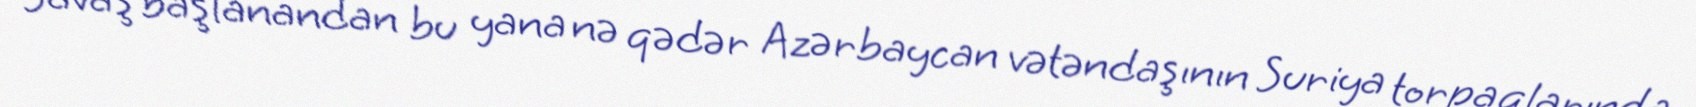
Savaş başlanandan bu yana nə qədər Azərbaycan vətəndaşının Suriya torpaqlarında